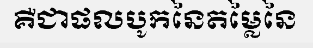
គឺជាផលបូកនៃតម្លៃនៃ